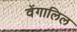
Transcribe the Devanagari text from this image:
वेंगालिल